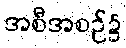
အစီအစဉ်၌